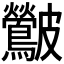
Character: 𮭛